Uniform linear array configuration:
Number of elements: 48
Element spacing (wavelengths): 0.5
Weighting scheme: hamming
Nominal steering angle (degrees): -45
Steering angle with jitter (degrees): -45.068
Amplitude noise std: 0.05
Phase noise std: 0.05

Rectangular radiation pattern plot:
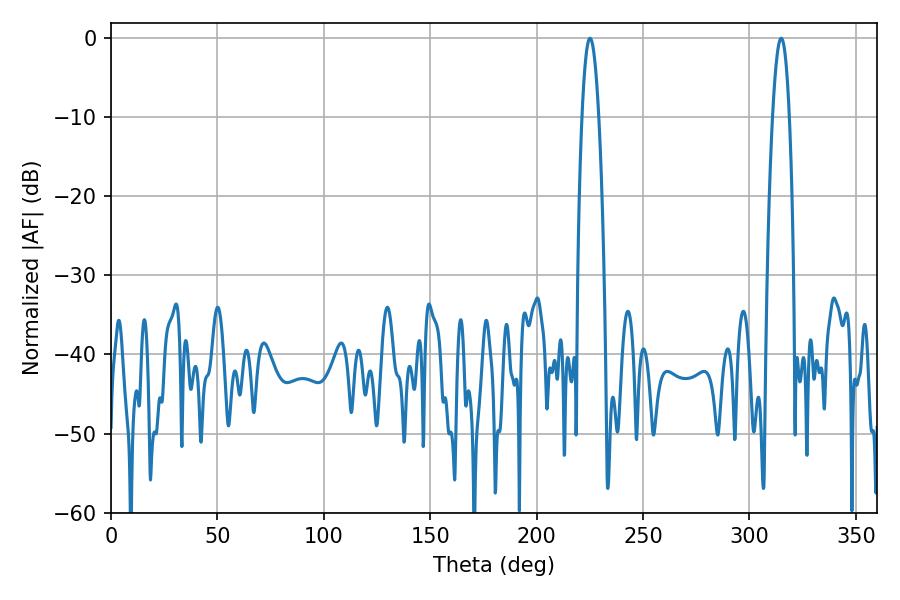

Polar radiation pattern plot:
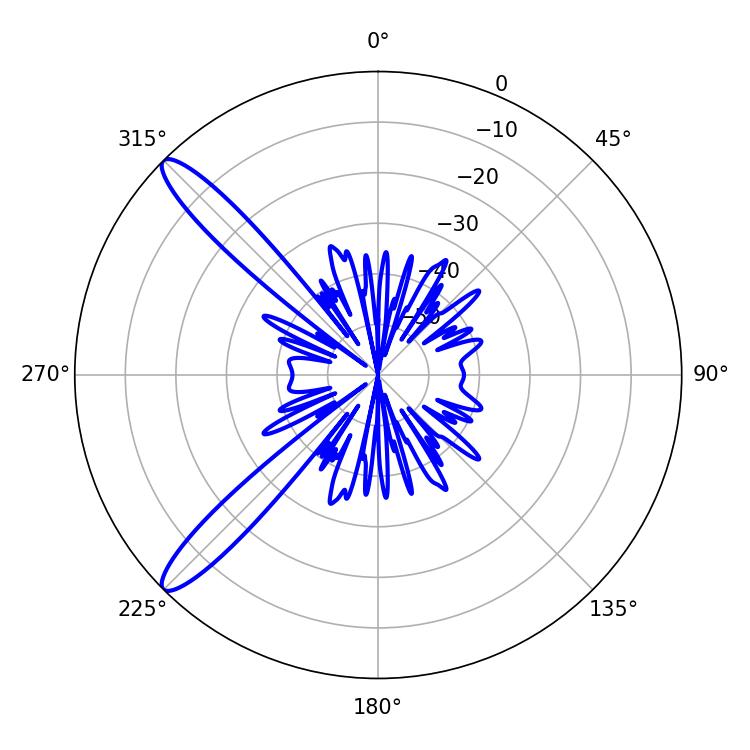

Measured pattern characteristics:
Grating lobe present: FALSE
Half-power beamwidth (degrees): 4.32
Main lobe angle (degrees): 225